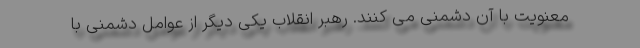
معنویت با آن دشمنی می کنند. رهبر انقلاب یکی دیگر از عوامل دشمنی با